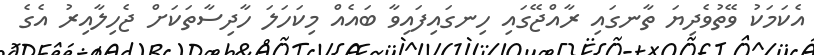
އެކަމަކު ވޭތުވެދިޔަ ތާނގައި ރާއްޖޭގައި ހިނގައިފައިވާ ބައެއް މިކަހަލަ ހާދިސާތަކަށް ޖެހިލާއިރު އެގެ